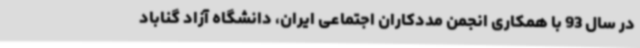
در سال 93 با همکاری انجمن مددکاران اجتماعی ایران، دانشگاه آزاد گناباد